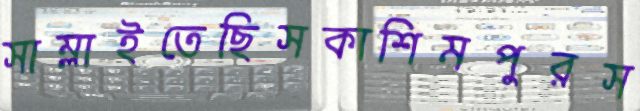
সাম্‌লাইতেছিসকাশিমপুরস